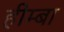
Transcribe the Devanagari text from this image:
हीम्बा